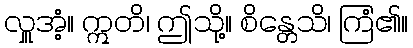
လှူအံ့။ ဣတိ၊ ဤသို့။ စိန္တေသိ၊ ကြံ၏။